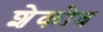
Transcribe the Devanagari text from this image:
शेकोव